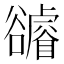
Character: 𧯖